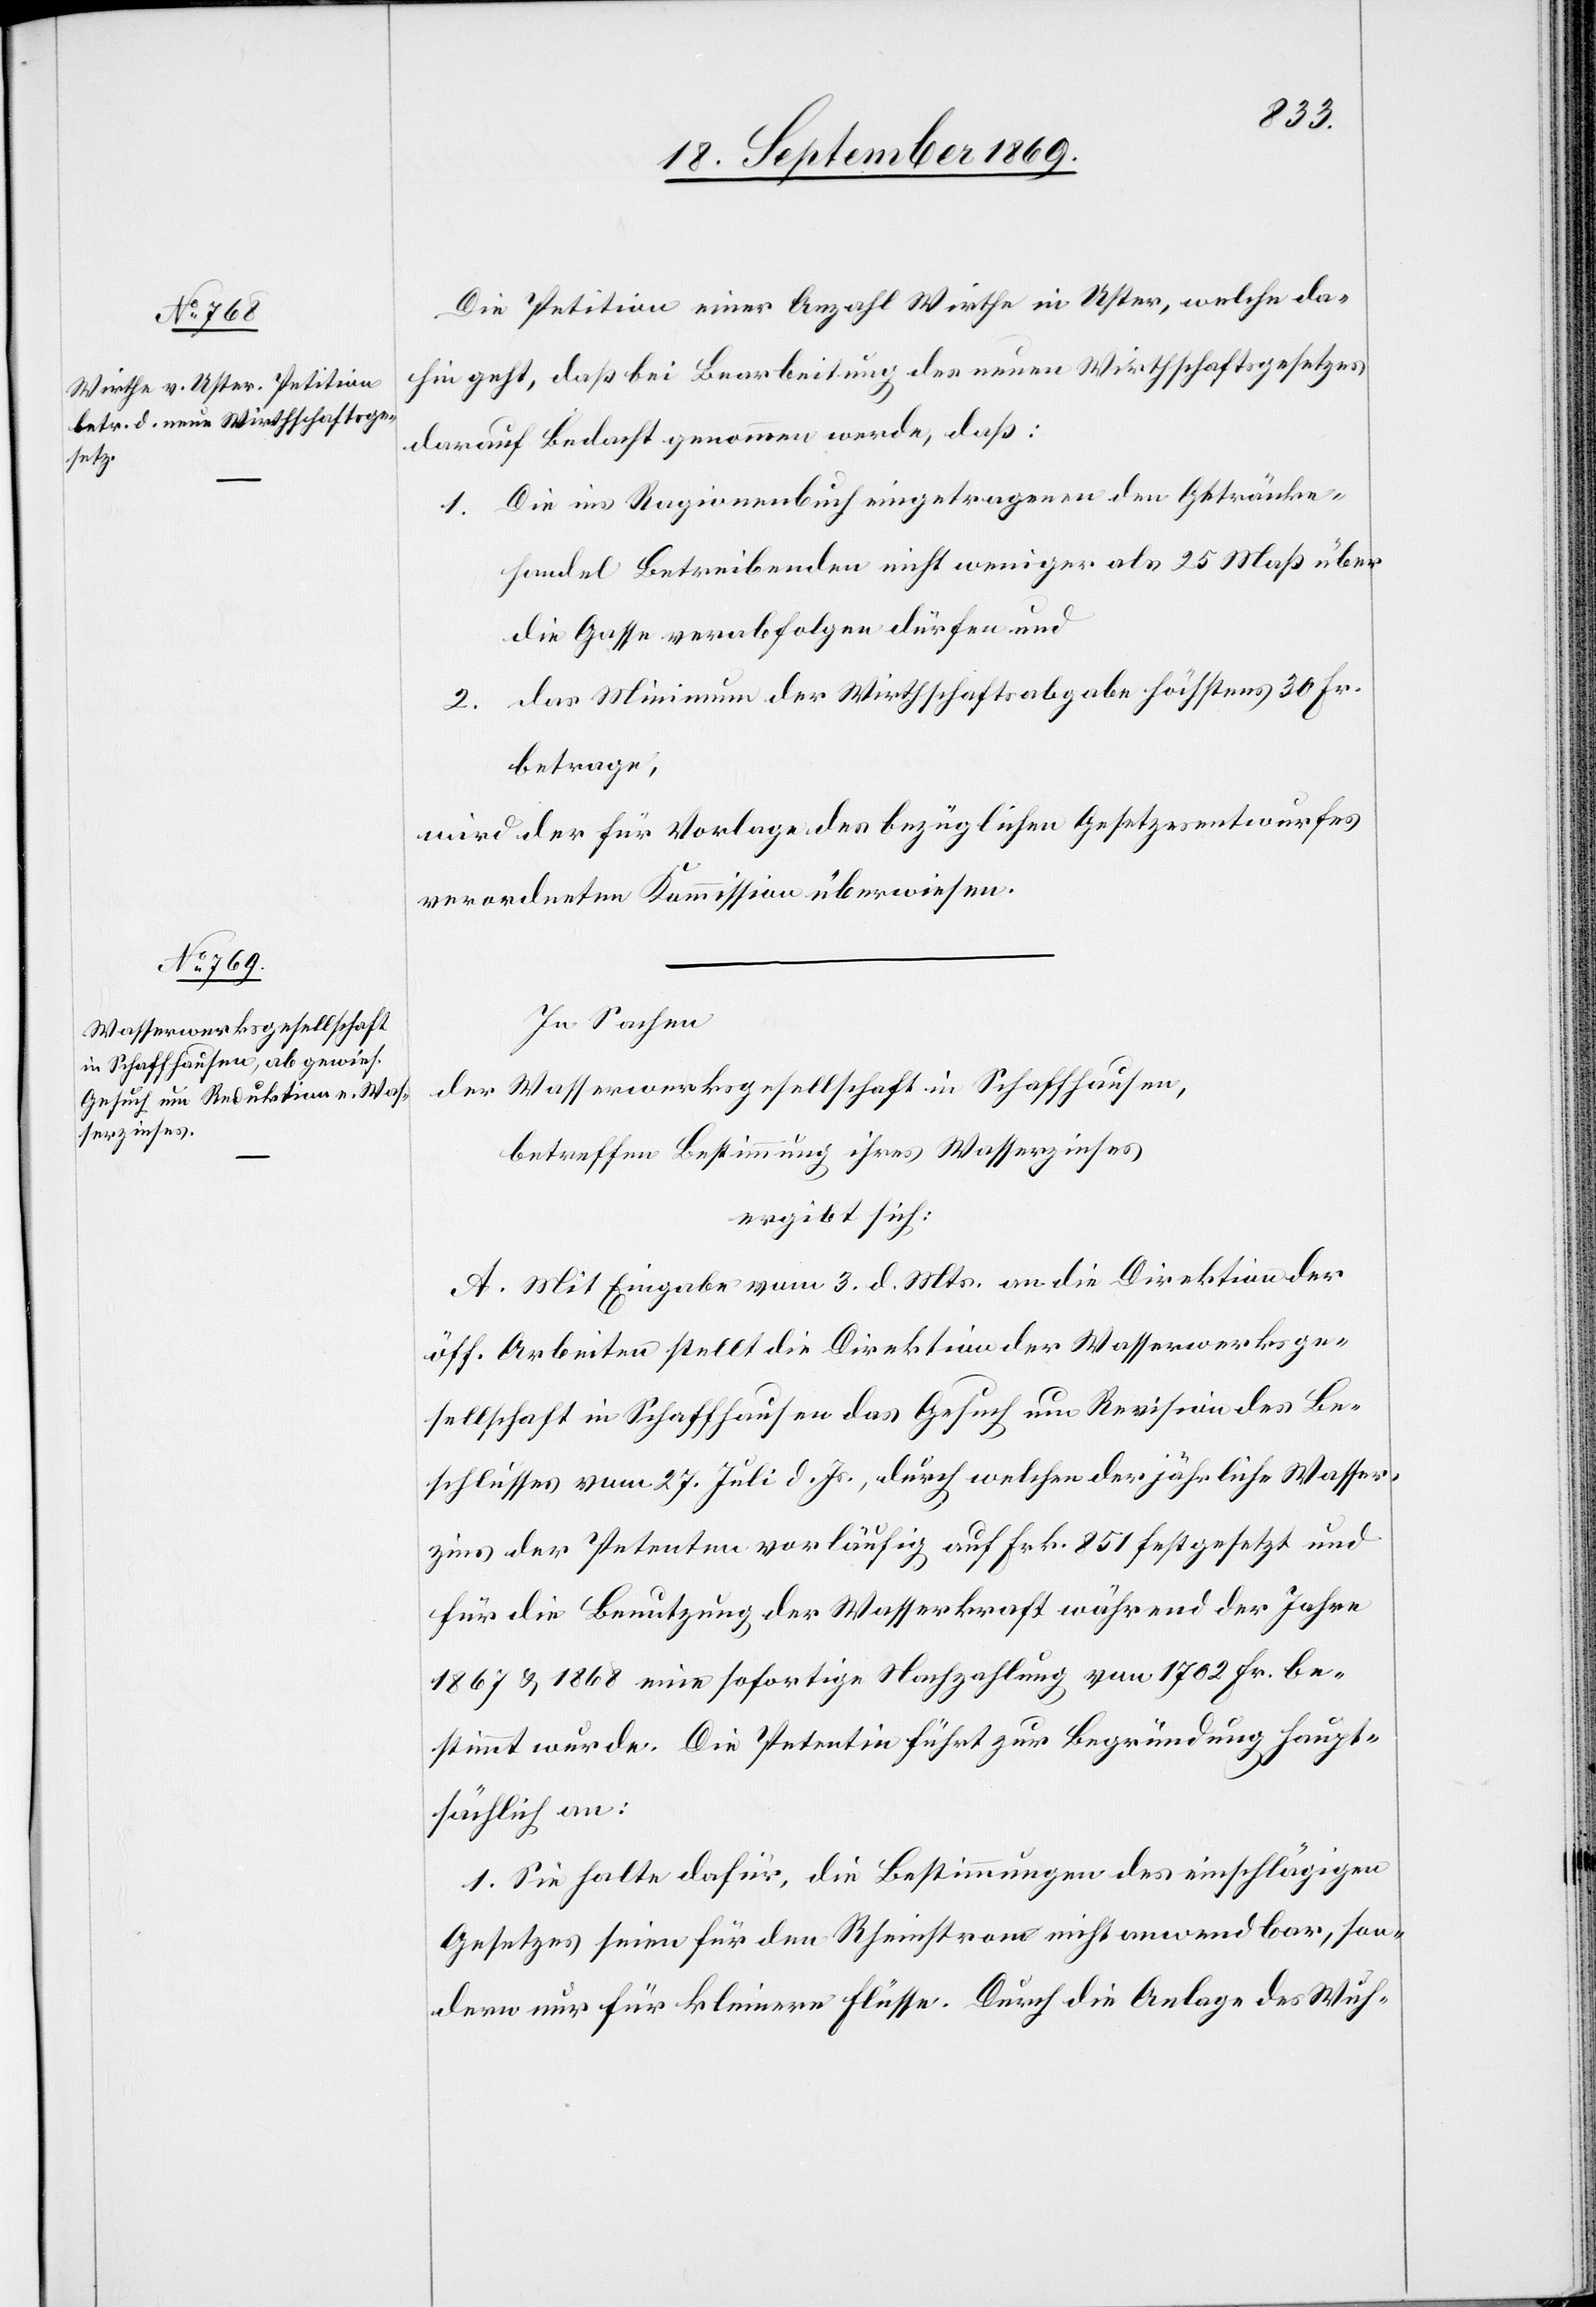
Die Petition einer Anzahl Wirthe in Uster, welche da¬
hin geht, daß bei Bearbeitung des neuen Wirthschaftsgesetzes
darauf Bedacht genommen werde, daß:
1. Die ins Ragionenbuch eingetragenen den Getränke¬
handel Betreibenden nicht weniger als 25 Maß über
die Gasse verabfolgen dürfen und
2. das Minimum der Wirthschaftsabgabe höchstens 30 Fr.
betrage,
wird der für Vorlage des bezüglichen Gesetzesentwurfes
verordneten Kommission überwiesen.
In Sachen
der Wasserwerksgesellschaft in Schaffhausen,
betreffen[d] Bestimmung ihres Wasserzinses
ergibt sich:
A. Mit Eingabe vom 3. d. Mts. an die Direktion der
öff. Arbeiten stellt die Direktion der Wasserwerksge¬
sellschaft in Schaffhausen das Gesuch um Revision des Be¬
schlusses vom 27. Juli d. Js., durch welchen der jährliche Wasser¬
zins der Petenten vorläufig auf Frk. 851 festgesetzt und
für die Benutzung der Wasserkraft während der Jahre
1867 & 1868 eine sofortige Nachzahlung von 1802 Fr. be¬
stimmt wurde. Die Petentin führt zur Begründung haupt¬
sächlich an:
1. Sie halte dafür, die Bestimmungen des einschlägigen
Gesetzes seien für den Rheinstrom nicht anwendbar, son¬
dern nur für kleinere Flüsse. Durch die Anlage des Wuh-